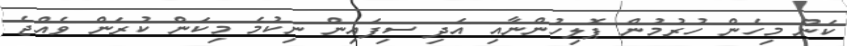
ކަން މިހެން ހުރުމުން ޕޮލިހުންނާއި އަދި ސިފައިން ނިކުމެ މިކަން ކުރަން ވެއްޖެ